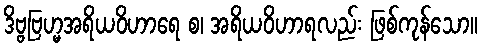
ဒိဗ္ဗဗြဟ္မအရိယဝိဟာရေ စ၊ အရိယဝိဟာရလည်း ဖြစ်ကုန်သော။